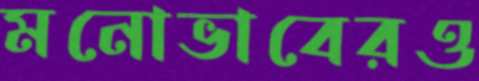
মনোভাবেরও